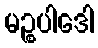
မဉ္စပါဒေါ